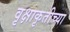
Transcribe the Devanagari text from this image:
वृक्षाकृतीच्या